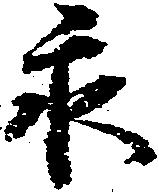
永